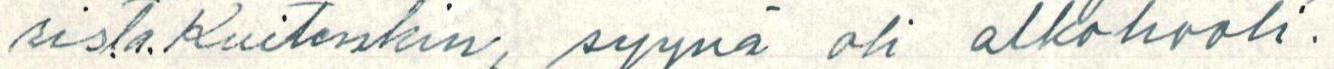
rista. Kuitenkin, syynä oli alkohooli.